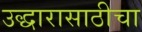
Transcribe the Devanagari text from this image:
उद्धारासाठीचा